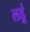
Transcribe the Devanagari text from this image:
लडूं